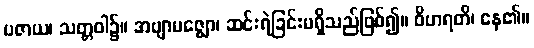
ပဇာယ၊ သတ္တဝါ၌။ အဗျာပဇ္ဈော၊ ဆင်းရဲခြင်းမရှိသည်ဖြစ်၍။ ဝိဟရတိ၊ နေ၏။